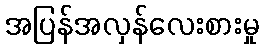
အပြန်အလှန်လေးစားမှု